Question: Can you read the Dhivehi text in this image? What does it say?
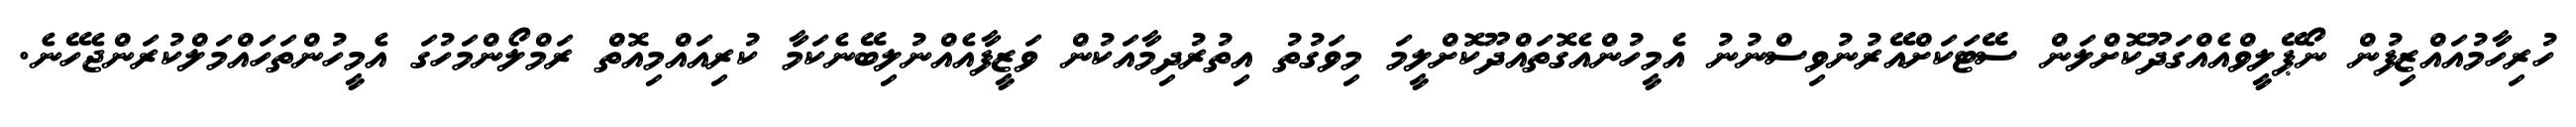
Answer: ހުރިހާމުއައްޒިފުން ނޯޕޭލީވްއެއްގަދޫކޮށްލަން ސޭޓަކަށްއޭރުނުވިސްނުނު އެމީހުންއެގޮތައްދޫކޮށްލީމަ މިވަގުތު އިތުރުދިމާއަކުން ވަޒީފާއެއްނުލިބޭނެކަމާ ކުރިއައްމިއޮތް ރަމްލޯންމަހުގަ އެމީހުންތަހައްމަލްކުރަންޖެހޭނެ.